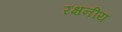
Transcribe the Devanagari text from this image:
रक्षनीय